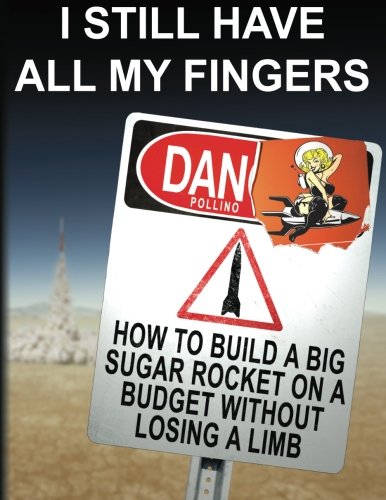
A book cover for I Still Have All My Fingers: How To Build A Big Sugar Rocket On A Budget Without Losing A Limb; Dan Pollino; Science & Math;